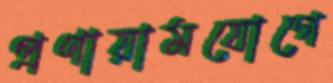
প্রণায়ামযোগে